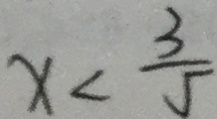
x < \frac { 3 } { 5 }